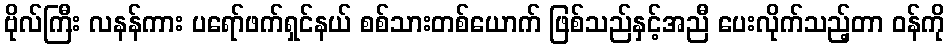
ဗိုလ်ကြီး လနန်ကား ပရော်ဖက်ရှင်နယ် စစ်သားတစ်ယောက် ဖြစ်သည်နှင့်အညီ ပေးလိုက်သည့်တာ ဝန်ကို